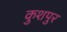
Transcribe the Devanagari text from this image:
कुशपुर